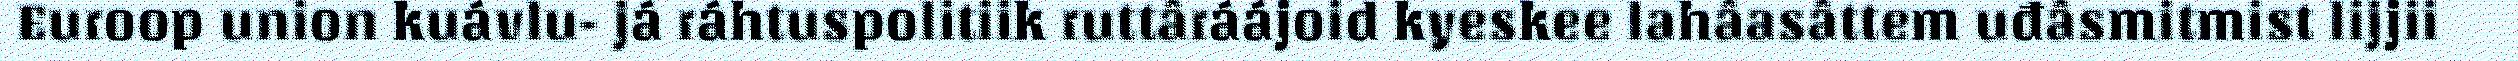
Euroop union kuávlu- já ráhtuspolitiik ruttâráájoid kyeskee lahâasâttem uđâsmitmist lijjii